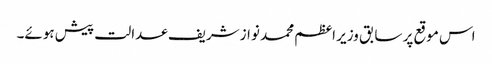
اس موقع پر سابق وزیر اعظم محمد نوازشریف عدالت پیش ہوئے۔